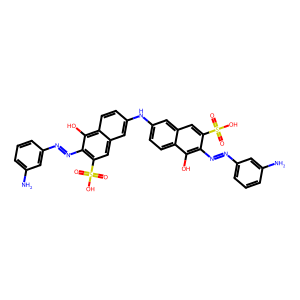
SMILES: Nc1cccc(N=Nc2c(S(=O)(=O)O)cc3cc(Nc4ccc5c(O)c(N=Nc6cccc(N)c6)c(S(=O)(=O)O)cc5c4)ccc3c2O)c1
Inhibits HIV replication: No